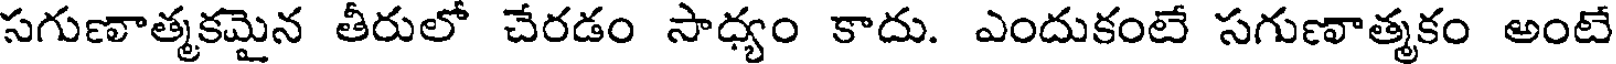
సగుణాత్మకమైన తీరులో చేరడం సాధ్యం కాదు. ఎందుకంటే సగుణాత్మకం అంటే